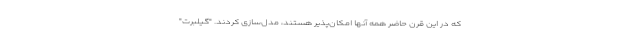
که در این قرن حاضر همه آنها امکان‌پذیر هستند، مدل‌سازی کردند. "گیلبرت"